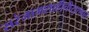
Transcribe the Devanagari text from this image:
सरंजामशाहीचीसुरुवात